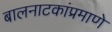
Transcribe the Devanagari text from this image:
बालनाटकांप्रमाणे